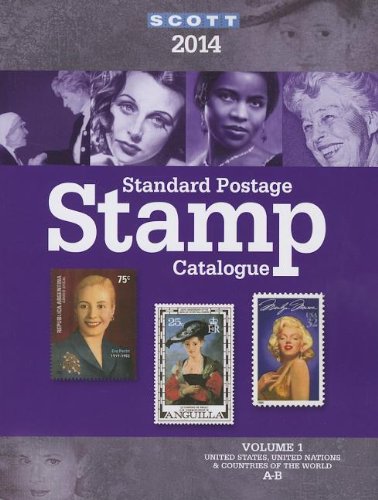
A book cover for Scott Standard Postage Stamp Catalogue 2014: United States and Affiliated Territories, United Nations: Countries of the World A-B (Scott Standard Postage Stamp Catalogue Vol 1 US and Countries A-B); Charles Snee; Crafts, Hobbies & Home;